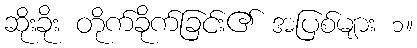
ဆိုးခိုး တိုက်ခိုက်ခြင်း၏ အပြစ်များ ၁။